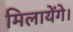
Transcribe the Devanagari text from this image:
मिलायेंगे।